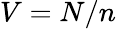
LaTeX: V=N/n